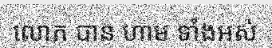
លោក បាន ហាម ទាំងអស់